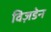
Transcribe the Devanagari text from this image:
विज़डेन